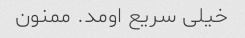
خیلی سریع اومد. ممنون